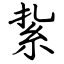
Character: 紥